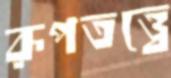
রূপতত্ত্বে